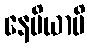
နေမိယာပိ